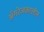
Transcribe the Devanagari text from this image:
अँगरेजकालीन